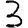
Digit: 3